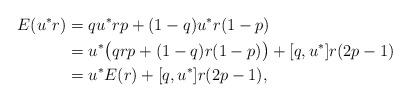
LaTeX: \begin{align*}E(u^*r) &= qu^*rp + (1-q)u^*r(1-p)\\ &= u^*\big(qrp + (1-q)r(1-p)\big) + [q, u^*]r(2p-1)\\ &= u^*E(r) + [q,u^*]r(2p-1),\end{align*}